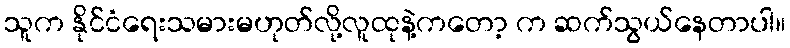
သူက နိုင်ငံရေးသမားမဟုတ်လို့လူထုနဲ့ကတော့ က ဆက်သွယ်နေတာပါ။